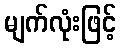
မျက်လုံးဖြင့်